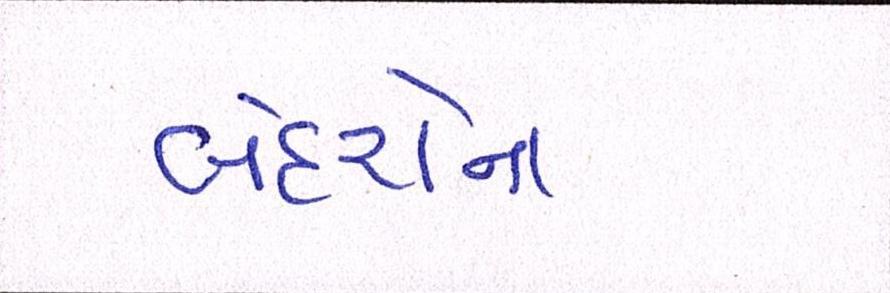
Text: બંદરોના